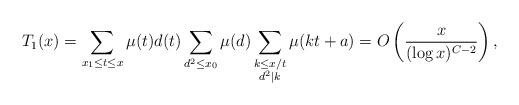
LaTeX: \begin{align*} T_{1}(x)=\sum_{x_1\leq t\leq x}\mu(t)d(t) \sum_{d^2 \leq x_0} \mu(d)\sum_{\substack{k \leq x/t\\d^2 \mid k}} \mu(kt+a)=O\left( \frac{ x}{(\log x)^{C-2}}\right), \end{align*}